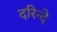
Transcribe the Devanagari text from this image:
दरिन्दे